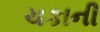
ચકાની